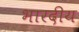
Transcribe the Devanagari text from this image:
भारदीय